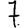
Digit: 7